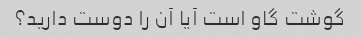
گوشت گاو است آیا آن را دوست دارید؟